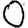
Digit: 0